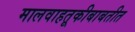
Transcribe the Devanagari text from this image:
मालवाहतूकीबाबतीत